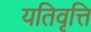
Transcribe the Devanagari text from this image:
यतिवृत्ति